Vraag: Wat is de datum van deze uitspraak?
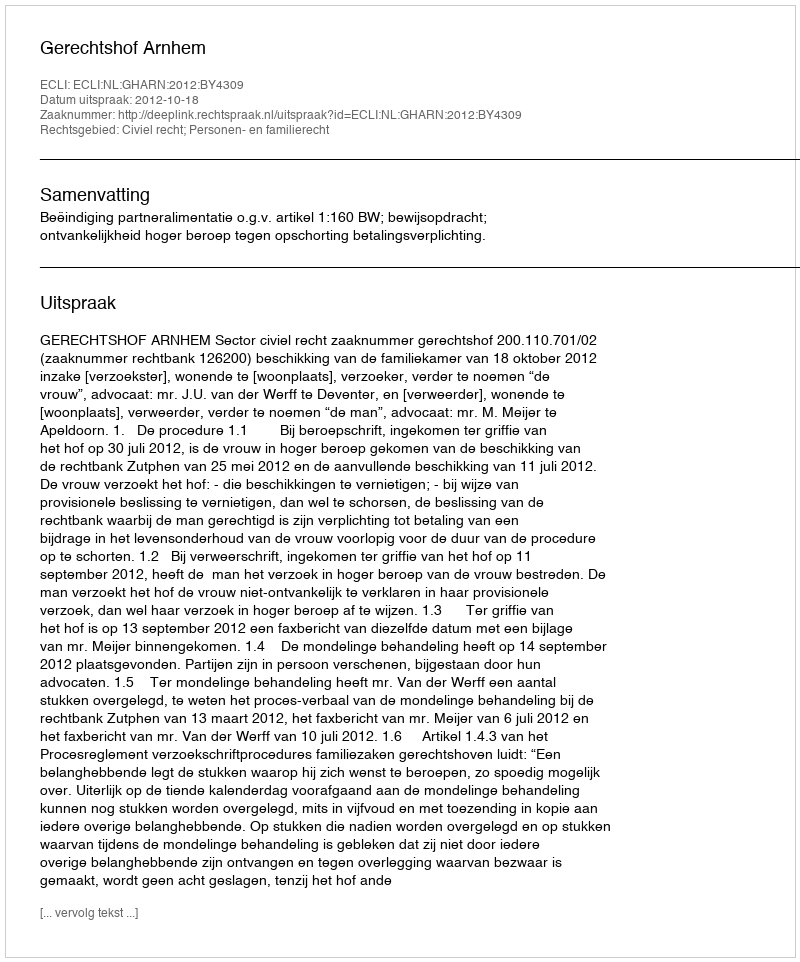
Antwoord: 2012-10-18